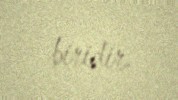
biridir.